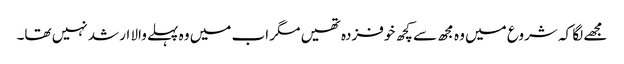
مجھے لگا کہ شروع میں وہ مجھ سے کچھ خوفزدہ تھیں مگر اب میں وہ پہلے والا ارشد نہیں تھا۔